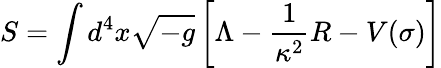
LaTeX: S=\int d^{4}x\sqrt{-g}\left[\Lambda-{\frac{1}{\kappa^{2}}}R-V(\sigma)\right]